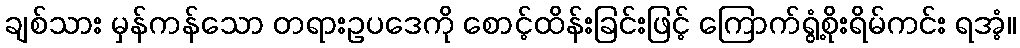
ချစ်သား မှန်ကန်သော တရားဥပဒေကို စောင့်ထိန်းခြင်းဖြင့် ကြောက်ရွံ့စိုးရိမ်ကင်း ရအံ့။